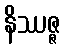
နိဿဇ္ဇ